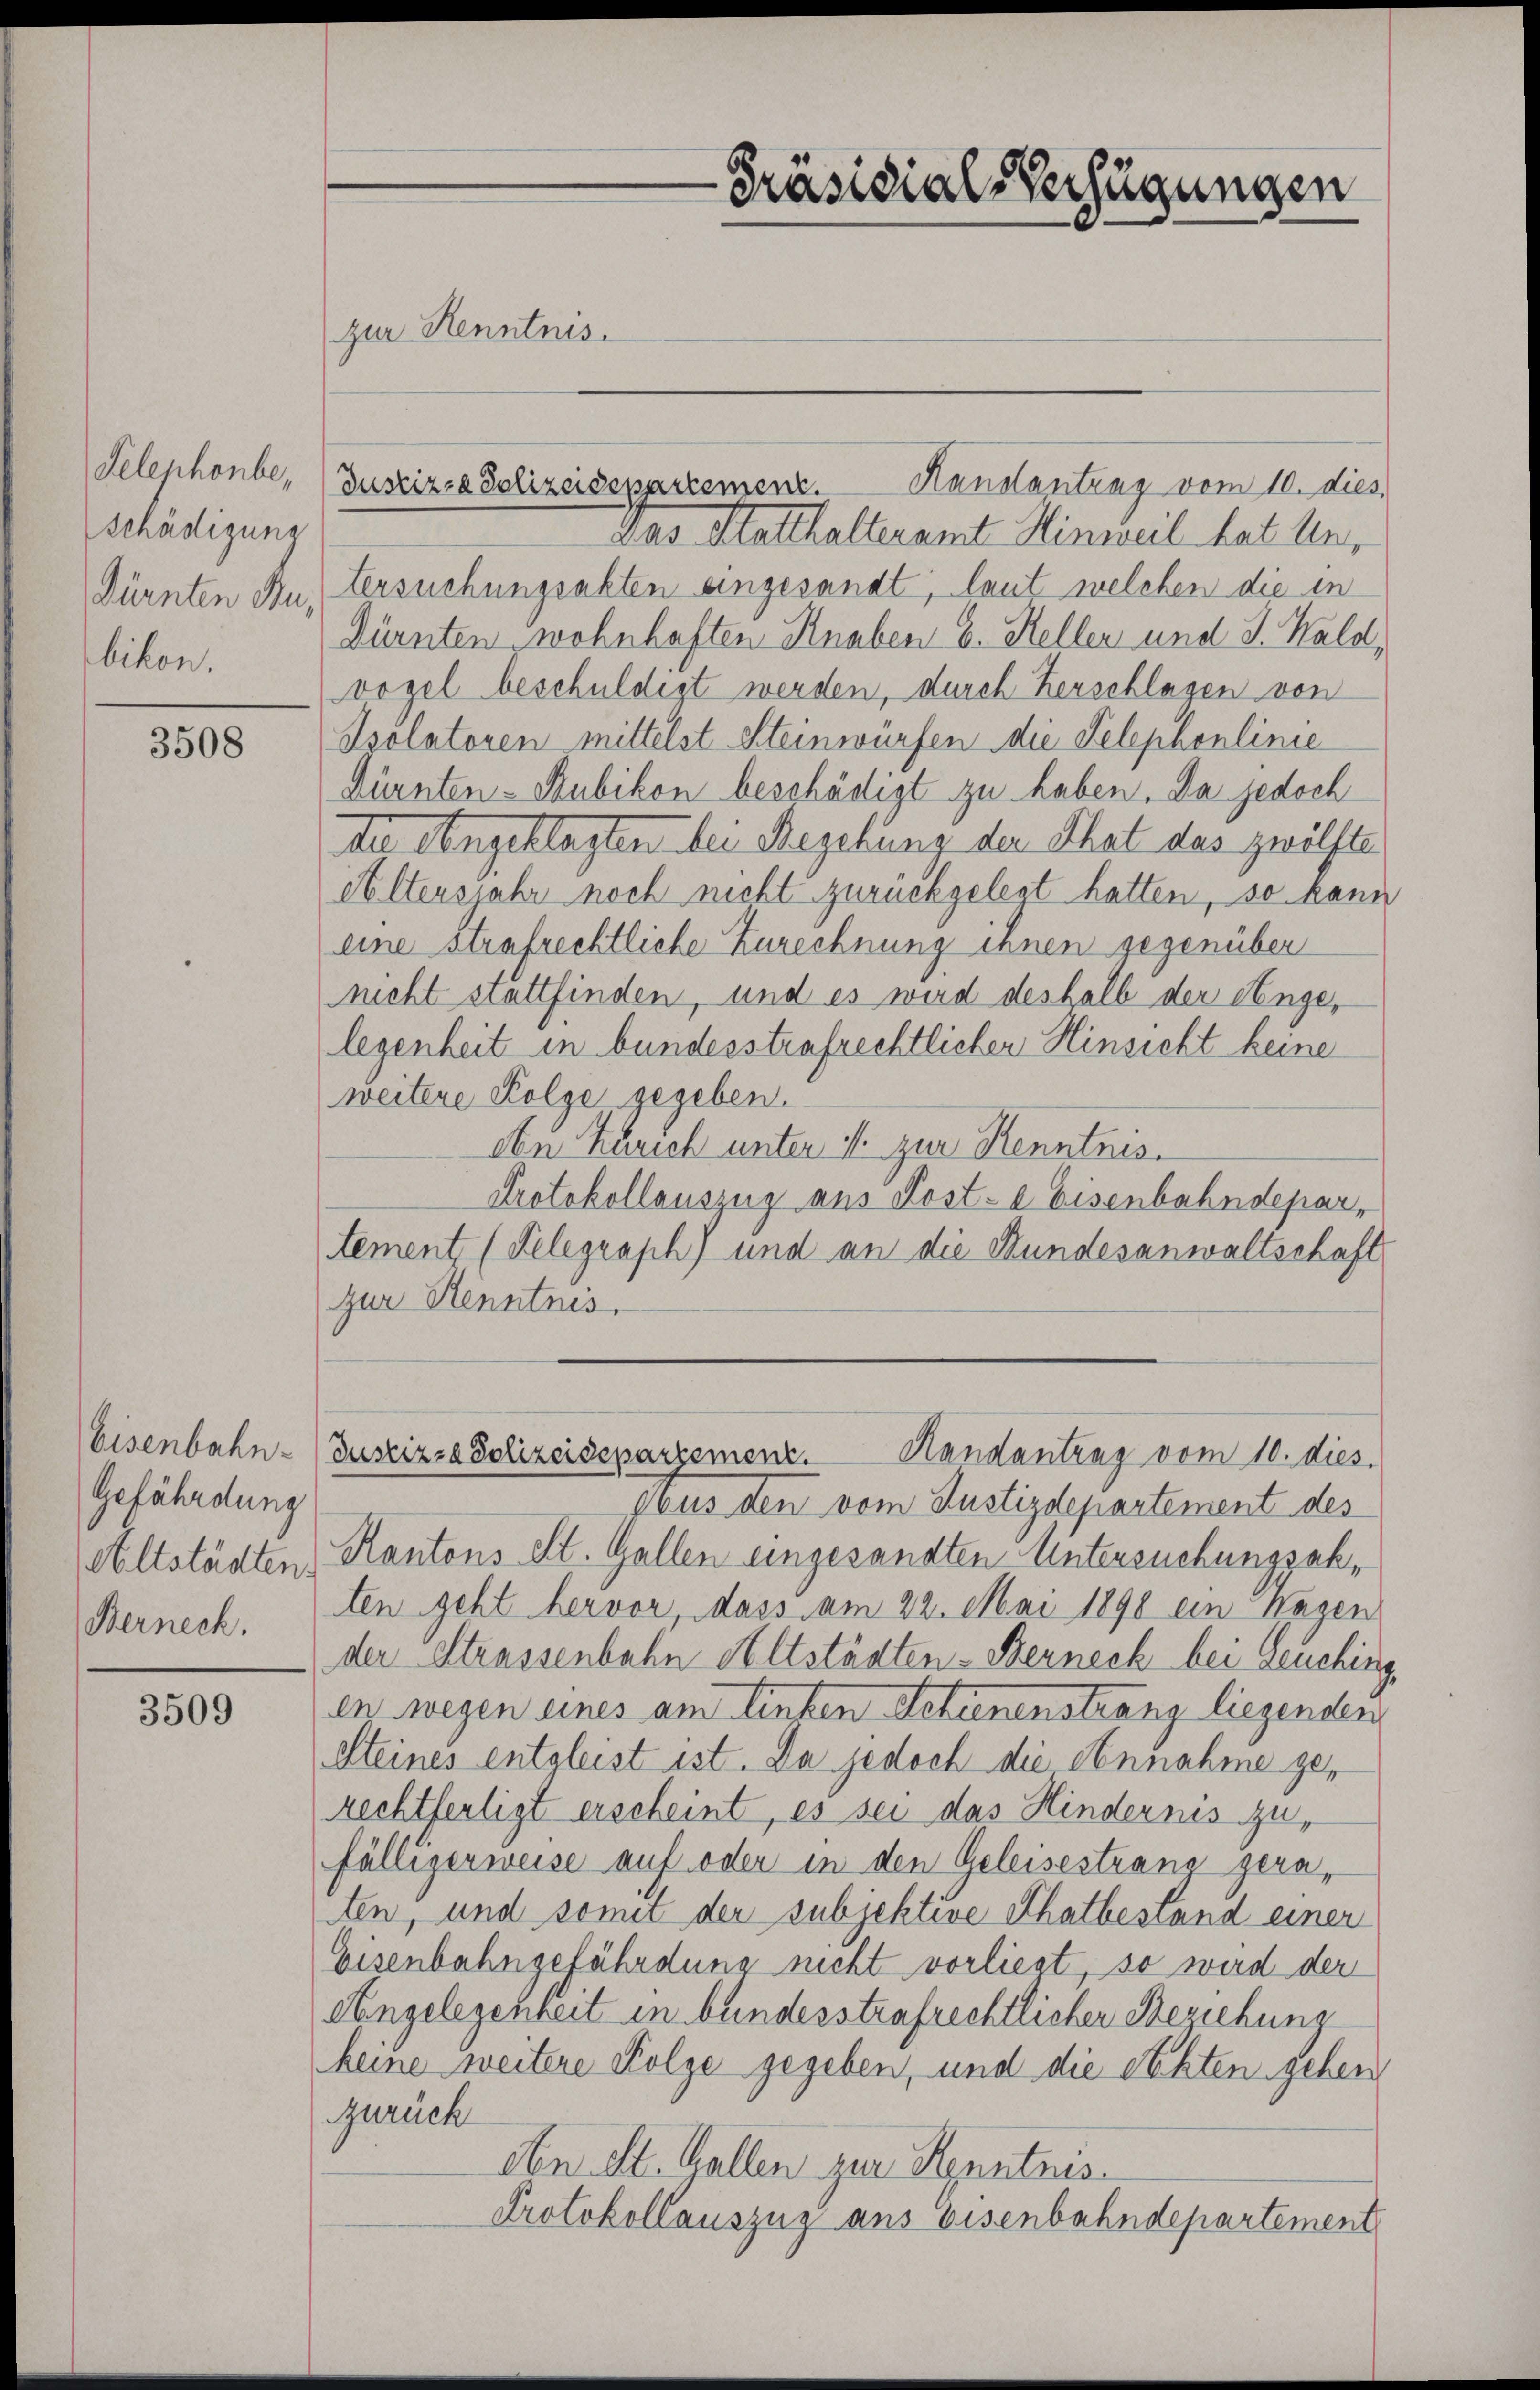
Telephonbe,
schädigung
bikon.

3508

Eisenbahn-
Gefährdung
Berneck.

3509

zur Kenntnis.

Justiz- & Polizeisepartement. Hanstantrag vom 10. dies
Das Statthalteramt Hinweil hatten,
Dürnten zu, ersuchungsakten angesandt, laut welchen die in
Dürnten wohnhaften Knaben E. Keller und J. Wald,
vogel beschuldigt werden, durch herschlagen von
Isolatoren mittelst Steinwürfen die Telephonlinie
Dürnten-Bubikon beschädigt zu haben. Da jedoch
die Angeklagten bei Regelung der That des zwölfte
Altersjahr noch nicht zurückgelegt hatten, so kann
eine Strafrechtliche Zurechnung ihnen gegenüber
nicht stattfinden, und es wird deshalb der Angelegenheit in bundesstrafrechtlicher Hinsicht keine
weitere Folge gegeben.
obei Zürich unter 4 zur Kenntnis.
Protokollauszug aus Post- e Eisenbahndepartement (Telegraph) und an die Bundesanwaltschaft
zur Kenntnis.
Justiz- & Polizeisepartemen. Handantrag vom 10. dies.
Daus den vom Justizdepartement des
Altstädten Kantons St. Gallen eingesandten Untersuchungsabten geht hervor, dass am 22. Mai 1890 ein Wagen
der Strassenbahn Altstädten-Berneck bei Leuching,
en wegen eines am Unten Schienenstranz liegenden
Steines entgleist ist. Da jedoch die Annahme gerechtfertigt erscheint, es sei das Hindernis zufälligerweise auf oder in den Geleisestrang geraten, und somit der subjektive Thatbestand einer
Eisenbahngefährdung nicht vorliegt, so wird der
Angelegenheit in bundesstrafrechtlicher Beziehung
keine weitere Folge gegeben, und die Rechten gehen
zurück
Abn St. Gallen zur Kenntnis.
Protokollauszug aus bisenbahndepartement

Präsidial-Verfügungen